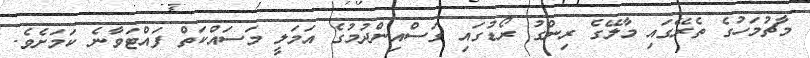
މާޗުމަހުގެ ތެރޭގައި މާލޭގެ ރިންގު ރޯޑުގައި ގަސްއިންދުމުގެ އަމަލީ މަސައްކަތް ފައްޓަވާނެ ކަމަށެވެ.